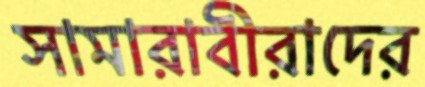
সামারাবীরাদের